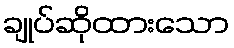
ချုပ်ဆိုထားသော